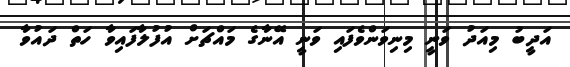
އަދީބު މިއަދު ވަނީ މިނިވަންވެފައި ވަނީ އޭނާގެ މައްޗަށް އުފުލާފައިވާ ހަތް ދައުވާ